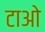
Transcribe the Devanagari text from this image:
टाओ